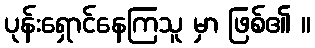
ပုန်းရှောင်နေကြသူ မှာ ဖြစ်၏ ။